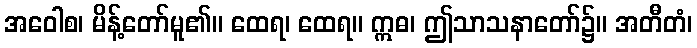
အဝေါစ၊ မိန့်တော်မူ၏။ ထေရ၊ ထေရ။ ဣဓ၊ ဤသာသနာတော်၌။ အတီတံ၊